Annual administration report of the Civil Veterinary Department of India - 1895-1896
Year: 1895
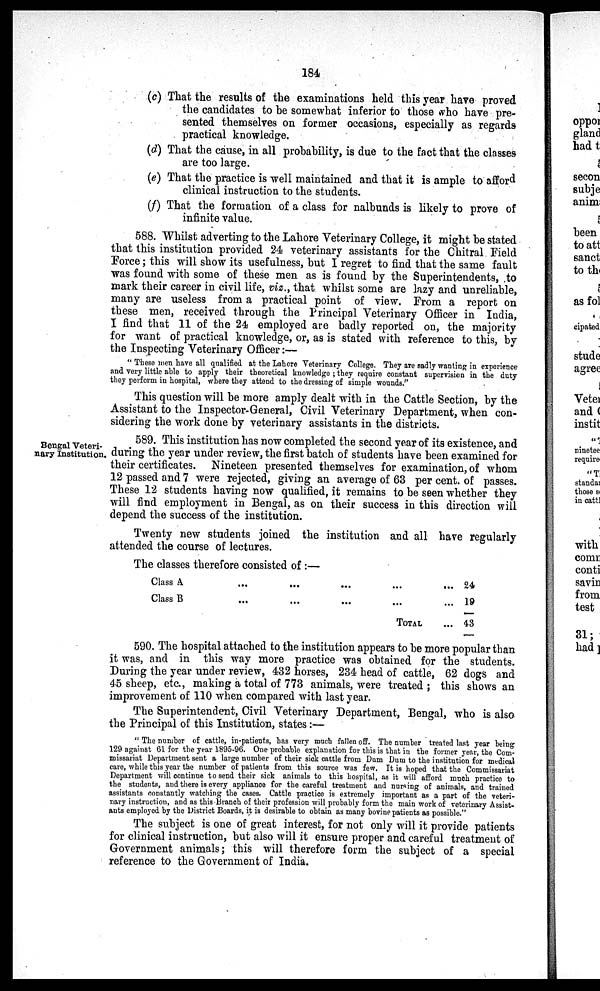
184
(c) That the results of the examinations held this year have proved
the candidates to be somewhat inferior to those who have pre-
sented themselves on former occasions, especially as regards
practical knowledge.
(d) That the cause, in all probability, is due to the fact that the classes
are too large.
(e) That the practice is well maintained and that it is ample to afford
clinical instruction to the students.
(f) That the formation of a class for nalbunds is likely to prove of
infinite value.
588. Whilst adverting to the Lahore Veterinary College, it might be stated
that this institution provided 24 veterinary assistants for the Chitral Field
Force; this will show its usefulness, but I regret to find that the same fault
was found with some of these men as is found by the Superintendents, to
mark their career in civil life, viz., that whilst some are lazy and unreliable,
many are useless from a practical point of view. From a report on
these men, received through the Principal Veterinary Officer in India,
I find that 11 of the 24 employed are badly reported on, the majority
for want of practical knowledge, or, as is stated with reference to this, by
the Inspecting Veterinary Officer:—
"These men have all qualified at the Lahore Veterinary College. They are sadly wanting in experience
and very little able to apply their theoretical knowledge; they require constant supervision in the duty
they perform in hospital, where they attend to the dressing of simple wounds.''
This question will be more amply dealt with in the Cattle Section, by the
Assistant to the Inspector-General, Civil Veterinary Department, when con-
sidering the work done by veterinary assistants in the districts.
Bengal Veteri-
nary Institution.
589. This institution has now completed the second year of its existence, and
during the year under review, the first batch of students have been examined for
their certificates. Nineteen presented themselves for examination, of whom
12 passed and 7 were rejected, giving an average of 63 per cent. of passes.
These 12 students having now qualified, it remains to be seen whether they
will find employment in Bengal, as on their success in this direction will
depend the success of the institution.
Twenty new students joined the institution and all have regularly
attended the course of lectures.
The classes therefore consisted of:—
Class A
Class B
...
...
...
...
...
...
...
...
TOTAL
...
...
...
24
19
43
590. The hospital attached to the institution appears to be more popular than
it was, and in this way more practice was obtained for the students.
During the year under review, 432 horses, 234 head of cattle, 62 dogs and
45 sheep, etc., making a total of 773 animals, were treated; this shows an
improvement of 110 when compared with last year.
The Superintendent, Civil Veterinary Department, Bengal, who is also
the Principal of this Institution, states:—
"The number of cattle, in-patients, has very much fallen off. The number treated last year being
129 against 61 for the year 1895-96. One probable explanation for this is that in the former year, the Com-
missariat Department sent a large number of their sick cattle from Dum Dum to the institution for medical
care, while this year the number of patients from this source was few. It is hoped that the Commissariat
Department will continue to send their sick animals to this hospital, as it will afford much practice to
the students, and there is every appliance for the careful treatment and nursing of animals, and trained
assistants constantly watching the cases. Cattle practice is extremely important as a part of the veteri-
nary instruction, and as this Branch of their profession will probably form the main work of veterinary Assist-
ants employed by the District Boards, it is desirable to obtain as many bovine patients as possible."
The subject is one of great interest, for not only will it provide patients
for clinical instruction, but also will it ensure proper and careful treatment of
Government animals; this will therefore form the subject of a special
reference to the Government of India.